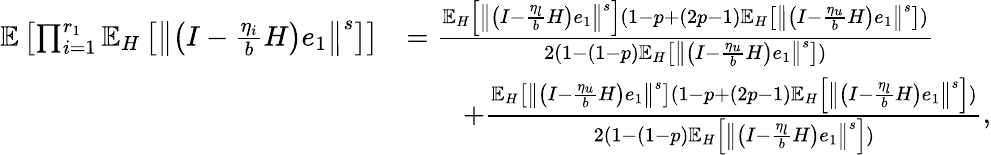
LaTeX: \begin{array}{rl}{\mathbb{E}\left[\prod_{i=1}^{r_{1}}\mathbb{E}_{H}\left[\left\Vert\left(I-\frac{\eta_{i}}{b}H\right)e_{1}\right\Vert^{s}\right]\right]}&{=\frac{\mathbb{E}_{H}\left[\left\Vert\left(I-\frac{\eta_{l}}{b}H\right)e_{1}\right\Vert^{s}\right](1-p+(2p-1)\mathbb{E}_{H}\left[\left\Vert\left(I-\frac{\eta_{u}}{b}H\right)e_{1}\right\Vert^{s}\right])}{2(1-(1-p)\mathbb{E}_{H}\left[\left\Vert\left(I-\frac{\eta_{u}}{b}H\right)e_{1}\right\Vert^{s}\right])}}\\ &{\qquad+\frac{\mathbb{E}_{H}\left[\left\Vert\left(I-\frac{\eta_{u}}{b}H\right)e_{1}\right\Vert^{s}\right](1-p+(2p-1)\mathbb{E}_{H}\left[\left\Vert\left(I-\frac{\eta_{l}}{b}H\right)e_{1}\right\Vert^{s}\right])}{2(1-(1-p)\mathbb{E}_{H}\left[\left\Vert\left(I-\frac{\eta_{l}}{b}H\right)e_{1}\right\Vert^{s}\right])},}\end{array}